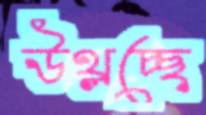
উথ্‌লচ্ছে